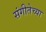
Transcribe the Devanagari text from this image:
संगीतेच्या